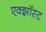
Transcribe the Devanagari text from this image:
एक्झॉस्ट